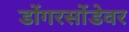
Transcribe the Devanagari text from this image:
डोंगरसोंडेवर